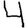
Digit: 4